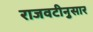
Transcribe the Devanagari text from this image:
राजवटीनुसार